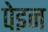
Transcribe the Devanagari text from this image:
पेइन